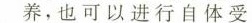
养，也可以进行自体受